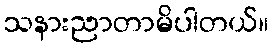
သနားညာတာမိပါတယ်။